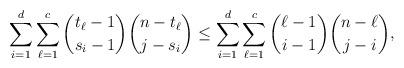
LaTeX: \begin{align*}\sum_{i=1}^d\sum_{\ell=1}^c{t_\ell-1\choose s_i-1}{n-t_\ell\choose j-s_i}\le\sum_{i=1}^d\sum_{\ell=1}^c{\ell-1\choose i-1}{n-\ell\choose j-i},\end{align*}